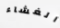
الغشاء